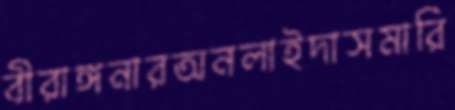
বীরাঙ্গনারঅনলাইদাসমারি